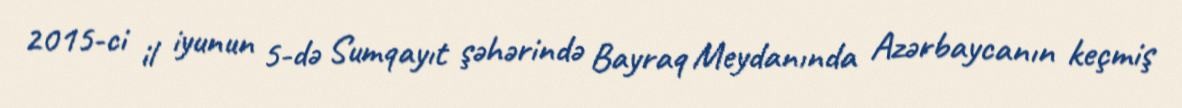
2015-ci il iyunun 5-də Sumqayıt şəhərində Bayraq Meydanında Azərbaycanın keçmiş